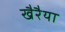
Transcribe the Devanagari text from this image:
खैरैया